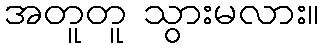
အတူတူ သွားမလား။